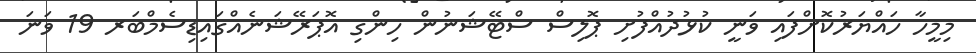
މިމީހާ ހައްޔަރުކޮށްފައި ވަނީ ކުޅުދުއްފުށި ޕޮލިސް ސްޓޭޝަނުން ހިންގި އޮޕަރޭޝަނެއްގައިޑިސެމްބަރ 19 ވަނަ